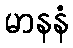
မာနနံ